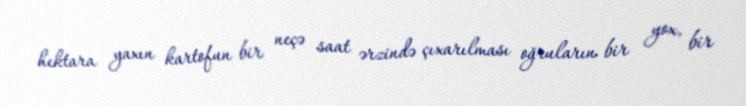
hektara yaxın kartofun bir neçə saat ərzində çıxarılması oğruların bir yox, bir